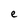
Character: e